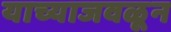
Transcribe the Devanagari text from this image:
याच्याजवळून